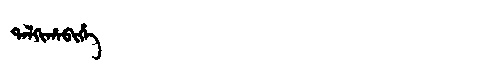
Manchu: ᡨᠠᠯᡴᡳᡥᠠᠪᡳᡥᡝ
Romanization: TALKIHABIHE